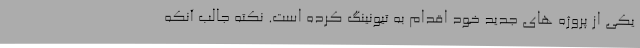
یکی از پروژه های جدید خود اقدام به تیونینگ کرده است. نکته جالب آنکه